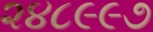
૨૪૮૯૯૭